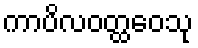
ကာပိလဝတ္ထဝေသု